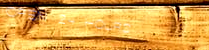
OPEN 24 HOURS